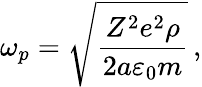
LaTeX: \omega_{p}=\sqrt{\frac{Z^{2}e^{2}\rho}{2a\varepsilon_{0}m}}\, ,